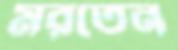
মরতেন